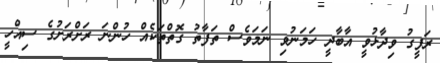
ރަފީގު ވިދާޅުވީ އާބާދީ ހަމަނުވި ނަމަވެސް ތަފާތު ގޮތްތަކެއް ހުންނަ ރަށްރަށުގެ ސިއްހީ